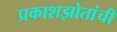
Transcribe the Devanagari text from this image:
प्रकाशझोतांची